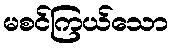
မစင်ကြယ်သော